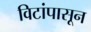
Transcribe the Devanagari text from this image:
विटांपासून